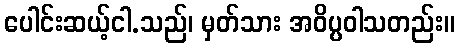
ပေါင်းဆယ့်ငါ.သည်၊ မှတ်သား အဝိပ္ပဝါသတည်း။